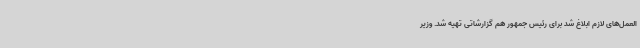
العمل‌های لازم ابلاغ شد برای رئیس جمهور هم گزارشاتی تهیه شد. وزیر